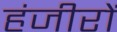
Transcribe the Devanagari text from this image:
हंजीरों